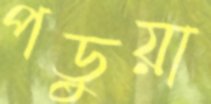
পড়ুয়া